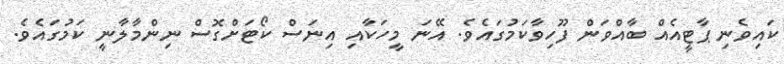
ކައިވެނި ޕާޓީއެއް ބާއްވަން ފޫހިވާކަމުގައެވެ. އޭނަ މީހަކާއި އިނަސް ކޯޓަށްގޮސް ނިންމާލާނީ ކަމުގައެވެ.